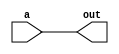
`timescale 1ns / 1ps
//////////////////////////////////////////////////////////////////////////////////
// Company: 
// Engineer: 
// 
// Design Name: 
// Module Name: CS151_MOV
// Project Name: 
// Target Devices: 
// Tool Versions: 
// Description: 
// 
// Dependencies: 
// 
// Revision:
// Revision 0.01 - File Created
// Additional Comments:
// 
//////////////////////////////////////////////////////////////////////////////////


module CS151_MOV(
    input [31:0]a,
    output [31:0]out
    );
assign out = a;
endmodule